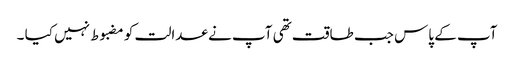
آپ کے پاس جب طاقت تھی آپ نے عدالت کو مضبوط نہیں کیا ۔